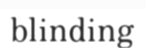
blinding